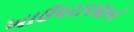
ખાઉધરાપણાનો